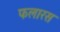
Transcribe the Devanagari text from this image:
फलारस